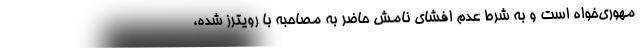
مهوری‌خواه است و به شرط عدم افشای نامش حاضر به مصاحبه با رویترز شده،